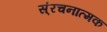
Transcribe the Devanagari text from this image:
स्ंरचनात्मक